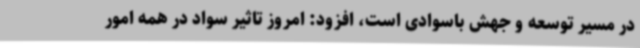
در مسیر توسعه و جهش باسوادی است، افزود: امروز تاثیر سواد در همه امور